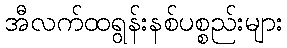
အီလက်ထရွန်းနစ်ပစ္စည်းများ